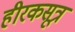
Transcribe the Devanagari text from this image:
हीरकसूत्र